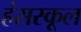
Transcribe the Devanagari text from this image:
हंसस्कूल